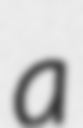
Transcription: a